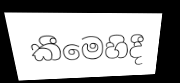
කීමෙහිදී